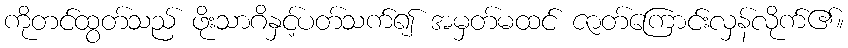
ကိုတင်ထွတ်သည် ဖိုးသာဂိနှင့်ပတ်သက်၍ အမှတ်မထင် ဇာတ်ကြောင်းလှန်လိုက်၏။